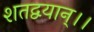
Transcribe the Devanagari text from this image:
शतद्वयान्।।